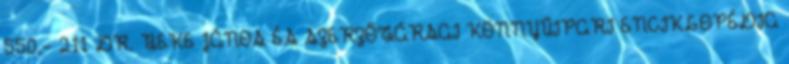
550,- 211 DR. BEKE JÁNOS ÉS SZERZŐTÁRSAI KÖNNYŰIPARI ENCIKLOPÉDIA